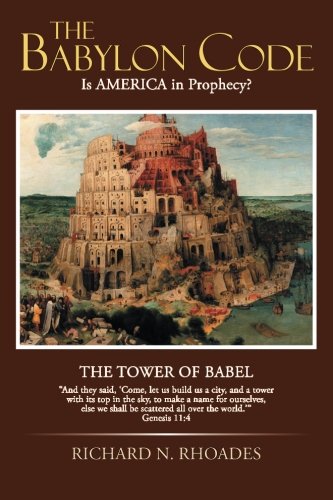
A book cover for The Babylon Code: Is AMERICA in Prophecy?; Richard  N. Rhoades; Christian Books & Bibles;